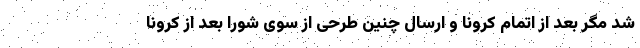
شد مگر بعد از اتمام کرونا و ارسال چنین طرحی از سوی شورا بعد از کرونا